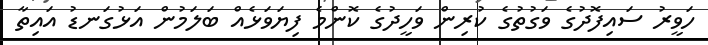
ހަވީރު ސައިފޮދުގެ ވަގުތުގެ ކުރިން ވަހީދުގެ ކޮންމެ ފިޔަވަޅެއް ބަލަމުން އަޅުގަނޑު އައިތާ